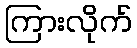
ကြားလိုက်